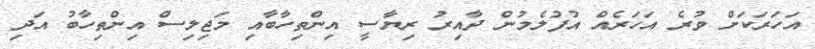
އަހަރަކަށް ވުރެ އަހަރެއް އުފުލެމުން ދާއިރު ރިޔާސީ އިންތިހާބާއި މަޖިލިސް އިންތިހާބު އަދި